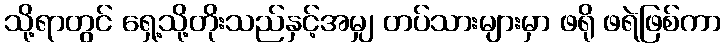
သို့ရာတွင် ရှေ့သို့တိုးသည်နှင့်အမျှ တပ်သားများမှာ ဖရို ဖရဲဖြစ်ကာ